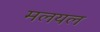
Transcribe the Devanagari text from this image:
मलयल